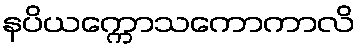
နပိယက္ကောသကောကာလိ